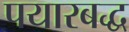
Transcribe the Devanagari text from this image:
पयारबद्ध